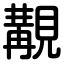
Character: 覯